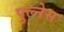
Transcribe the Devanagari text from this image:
पुल्नेस